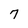
Character: 7